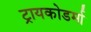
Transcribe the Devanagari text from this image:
ट्रायकोडर्मा